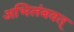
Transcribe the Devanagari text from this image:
अभिलंबवत्